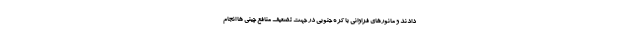
دادند و مانورهای فراوانی با کره جنوبی در جهت تضعیف منافع چینی ها انجام